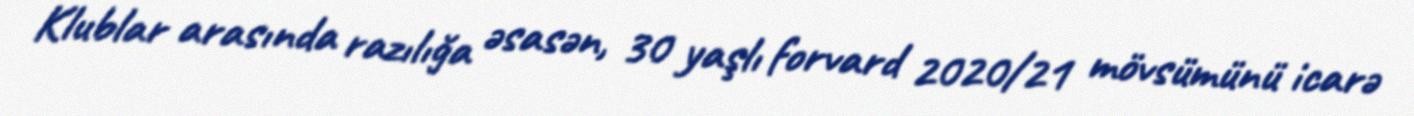
Klublar arasında razılığa əsasən, 30 yaşlı forvard 2020/21 mövsümünü icarə